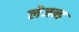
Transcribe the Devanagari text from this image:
लेजन्ड